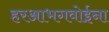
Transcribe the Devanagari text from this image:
हरआभगवोईना